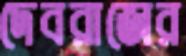
দেবরাজের